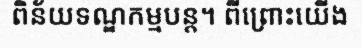
ពិន័យទណ្ឌកម្មបន្ត។ ពីព្រោះយើង